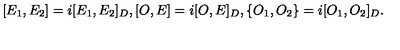
[ E _ { 1 } , E _ { 2 } ] = i [ E _ { 1 } , E _ { 2 } ] _ { D } , [ O , E ] = i [ O , E ] _ { D } , \{ O _ { 1 } , O _ { 2 } \} = i [ O _ { 1 } , O _ { 2 } ] _ { D } .